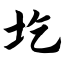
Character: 圪